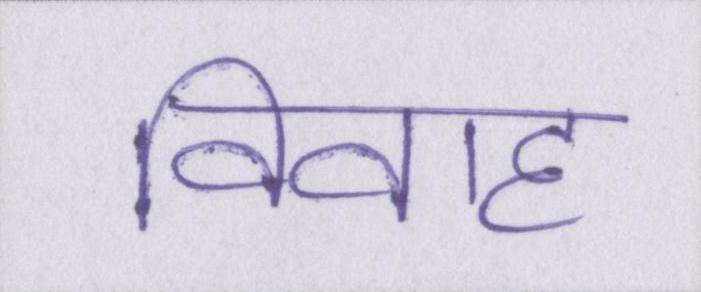
विवाह